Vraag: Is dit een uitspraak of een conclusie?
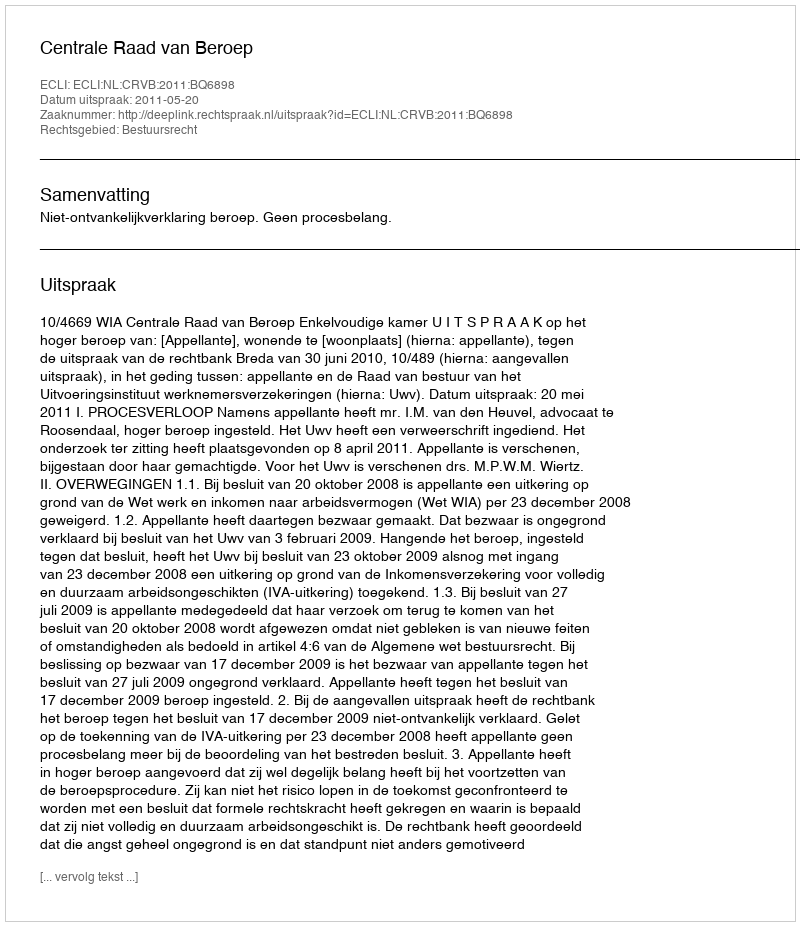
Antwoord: Uitspraak